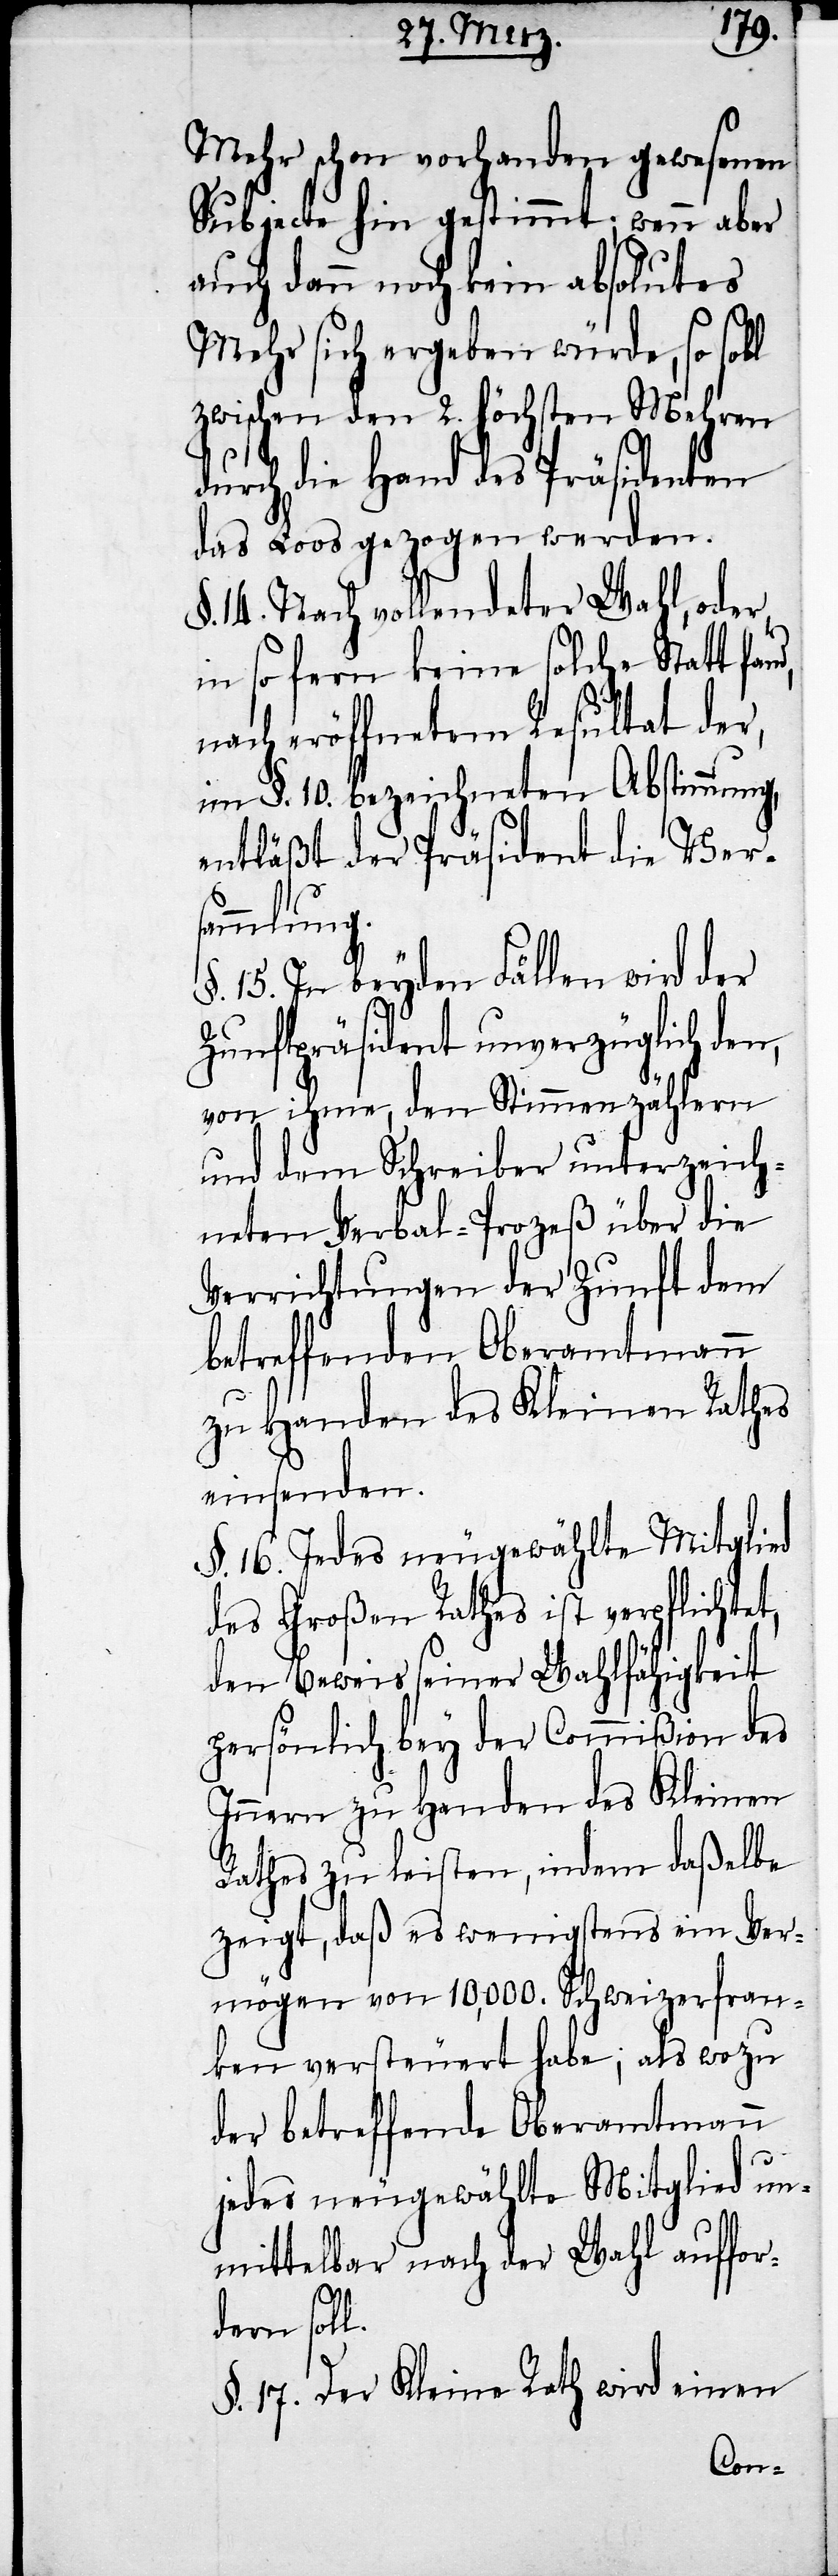
d,
Mehr schon vorhanden gewesenen
Subjecte hin gestimmt; wenn aber
auch dann noch kein absolutes
Mehr sich ergeben würde, so soll
zwischen den 2. höchsten Mehren
durch die Hand des Präsidenten
das Loos gezogen werden.
§. 14. Nach vollendeter Wahl, oder
in so fern keine solche Statt fan¬
nach eröffnetem Resultat der,
im §. 10. bezeichneten Abstimmung,
entläßt der Präsident die Ver¬
sammlung.
§. 15. In beyden Fällen wird der
Zunftpräsident unverzüglich den,
von ihme, den Stimmenzählern
und dem Schreiber unterzeich¬
neten Verbal-Prozeß über die
Verrichtungen der Zunft dem
betreffenden Oberamtmann
zu Handen des Kleinen Rathes
einsenden.
§. 16. Jedes neugewählte Mitglied
des Großen Rathes ist verpflichtet,
den Beweis seiner Wahlfähigkeit
persönlich bey der Commißion des
Innern zu Handen des Kleinen
Rathes zu leisten, indem daßelbe
zeigt, daß es wenigstens ein Ver¬
mögen von 10,000. Schweizerfran¬
ken versteuert habe; als wozu
der betreffende Oberamtmann
jedes neugewählte Mitglied un¬
mittelbar nach der Wahl auffor¬
dern soll.
§. 17 Der Kleine Rath wird einen